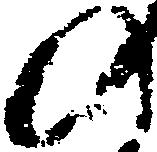
の